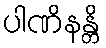
ပါဏိနန္တိ